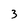
Character: 3